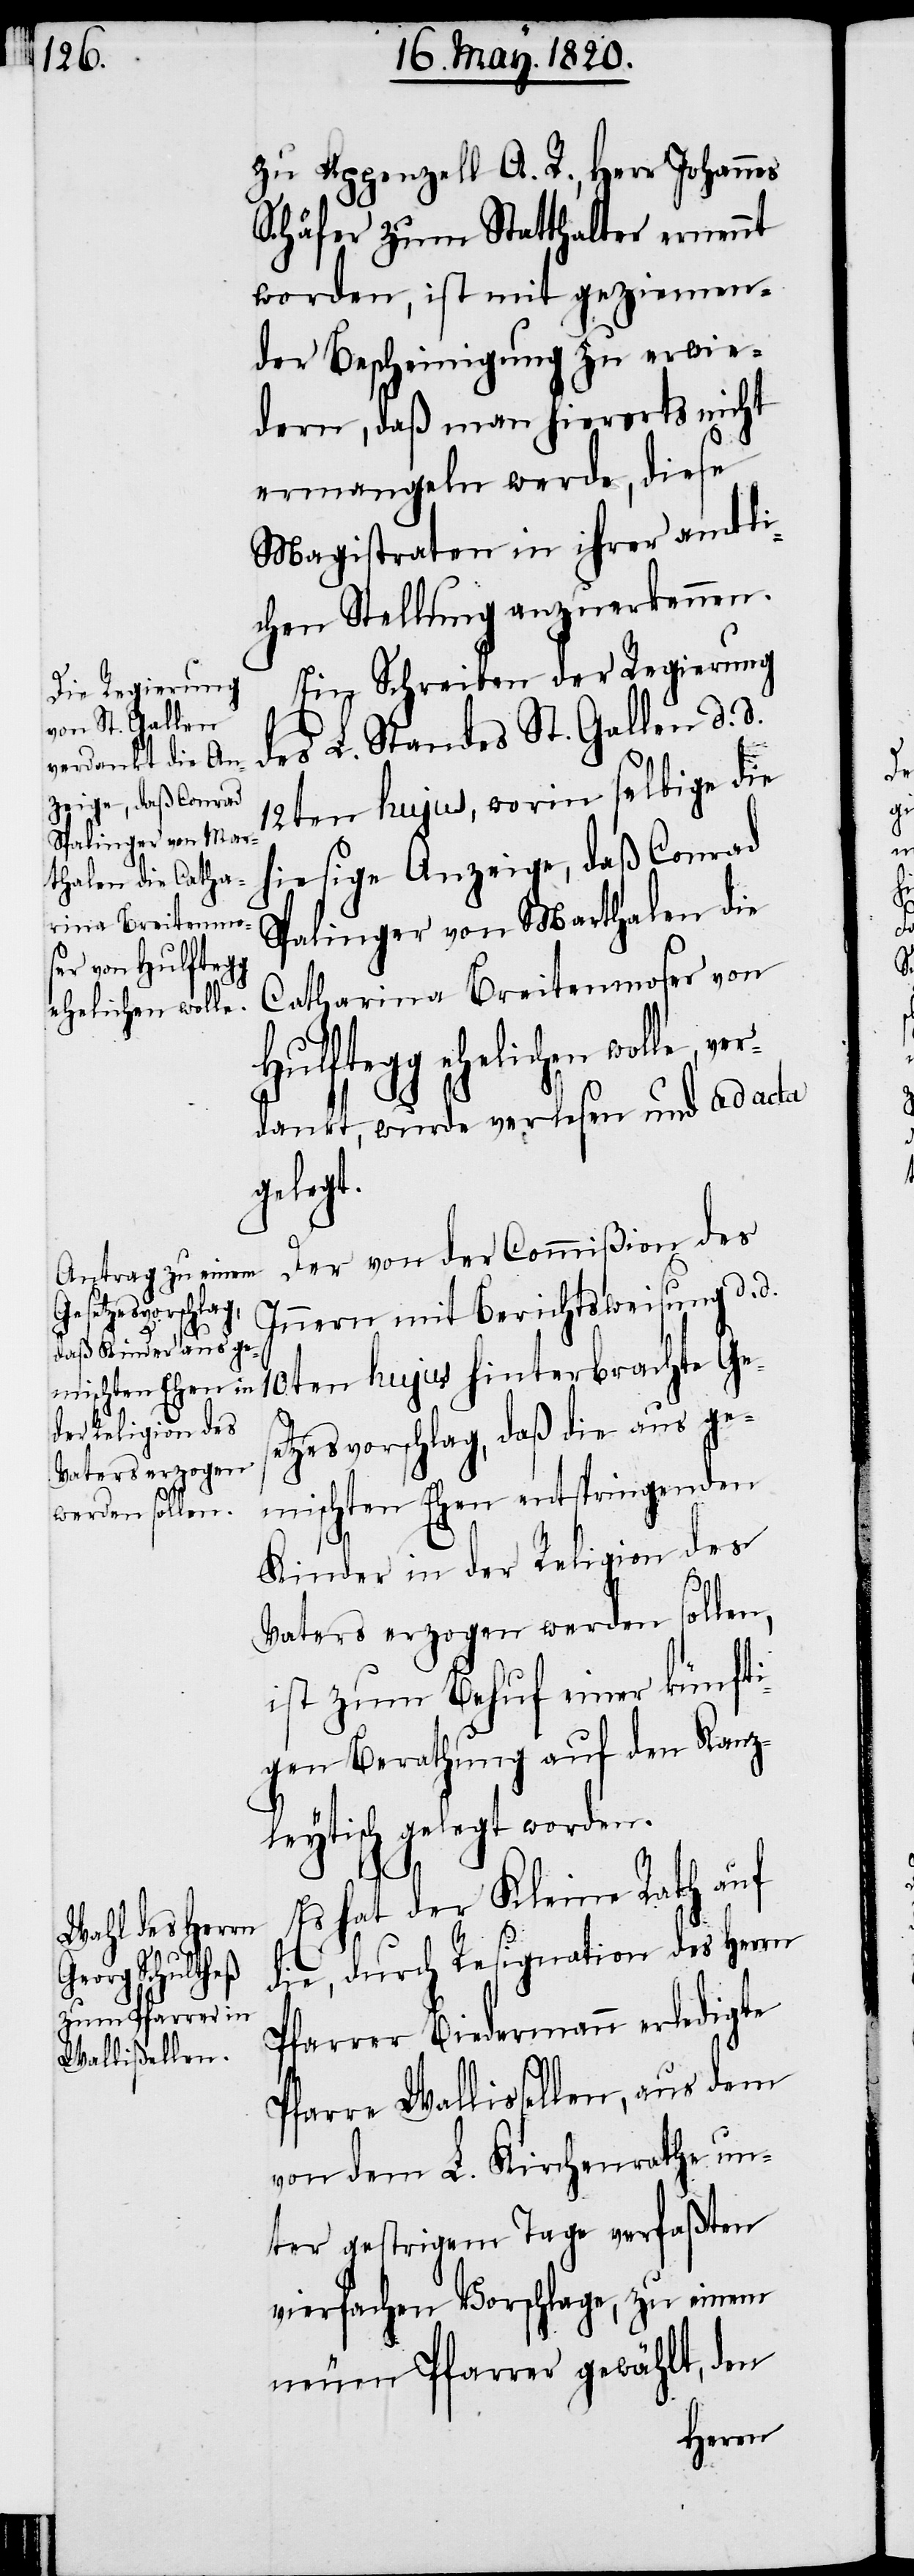
Spalinger von Mar¬
thalen die Catha¬
rina Breitenmo¬
ser von Hulftegg
ehelichen wolle,
ver¬

zu Appenzell A. R., Herr Johannes
Schäfer zum Statthalter ernennt
worden, ist mit geziemen¬
der Bescheinigung zu erwie¬
dern, daß man hierorts nicht
ermangeln werde, diese
Magistraten in ihrer amtli¬
chen Stellung anzuerkennen.
Ein Schreiben der Regierung
des L. Standes St. Gallen d. d.
12ten hujus, worin selbige die
hiesige Anzeige, daß Conrad
dankt, wurde verlesen und ad acta
gelegt.
Der von der Commiβion des
Innern mit Berichtsweisung d. d.
10ten hujus hinterbrachte Ges¬
etzesvorschlag, daß die aus ge¬
mischten Ehen entspringenden
Kinder in der Religion des
Vaters erzogen werden sollen,
ist zum Behuf einer künfti¬
gen Berathung auf den Kanz¬
leytisch gelegt worden.
Es hat der Kleine Rath auf
die, durch Resignation des Herrn
Pfarrer Biedermann erledigte
Pfarre Wallissellen, aus dem
von dem L. Kirchenrathe un¬
ter gestrigem Tage verfaßten
vierfachen Vorschlage, zu einem
neuen Pfarrer gewählt, den